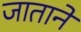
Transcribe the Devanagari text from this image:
जाताने